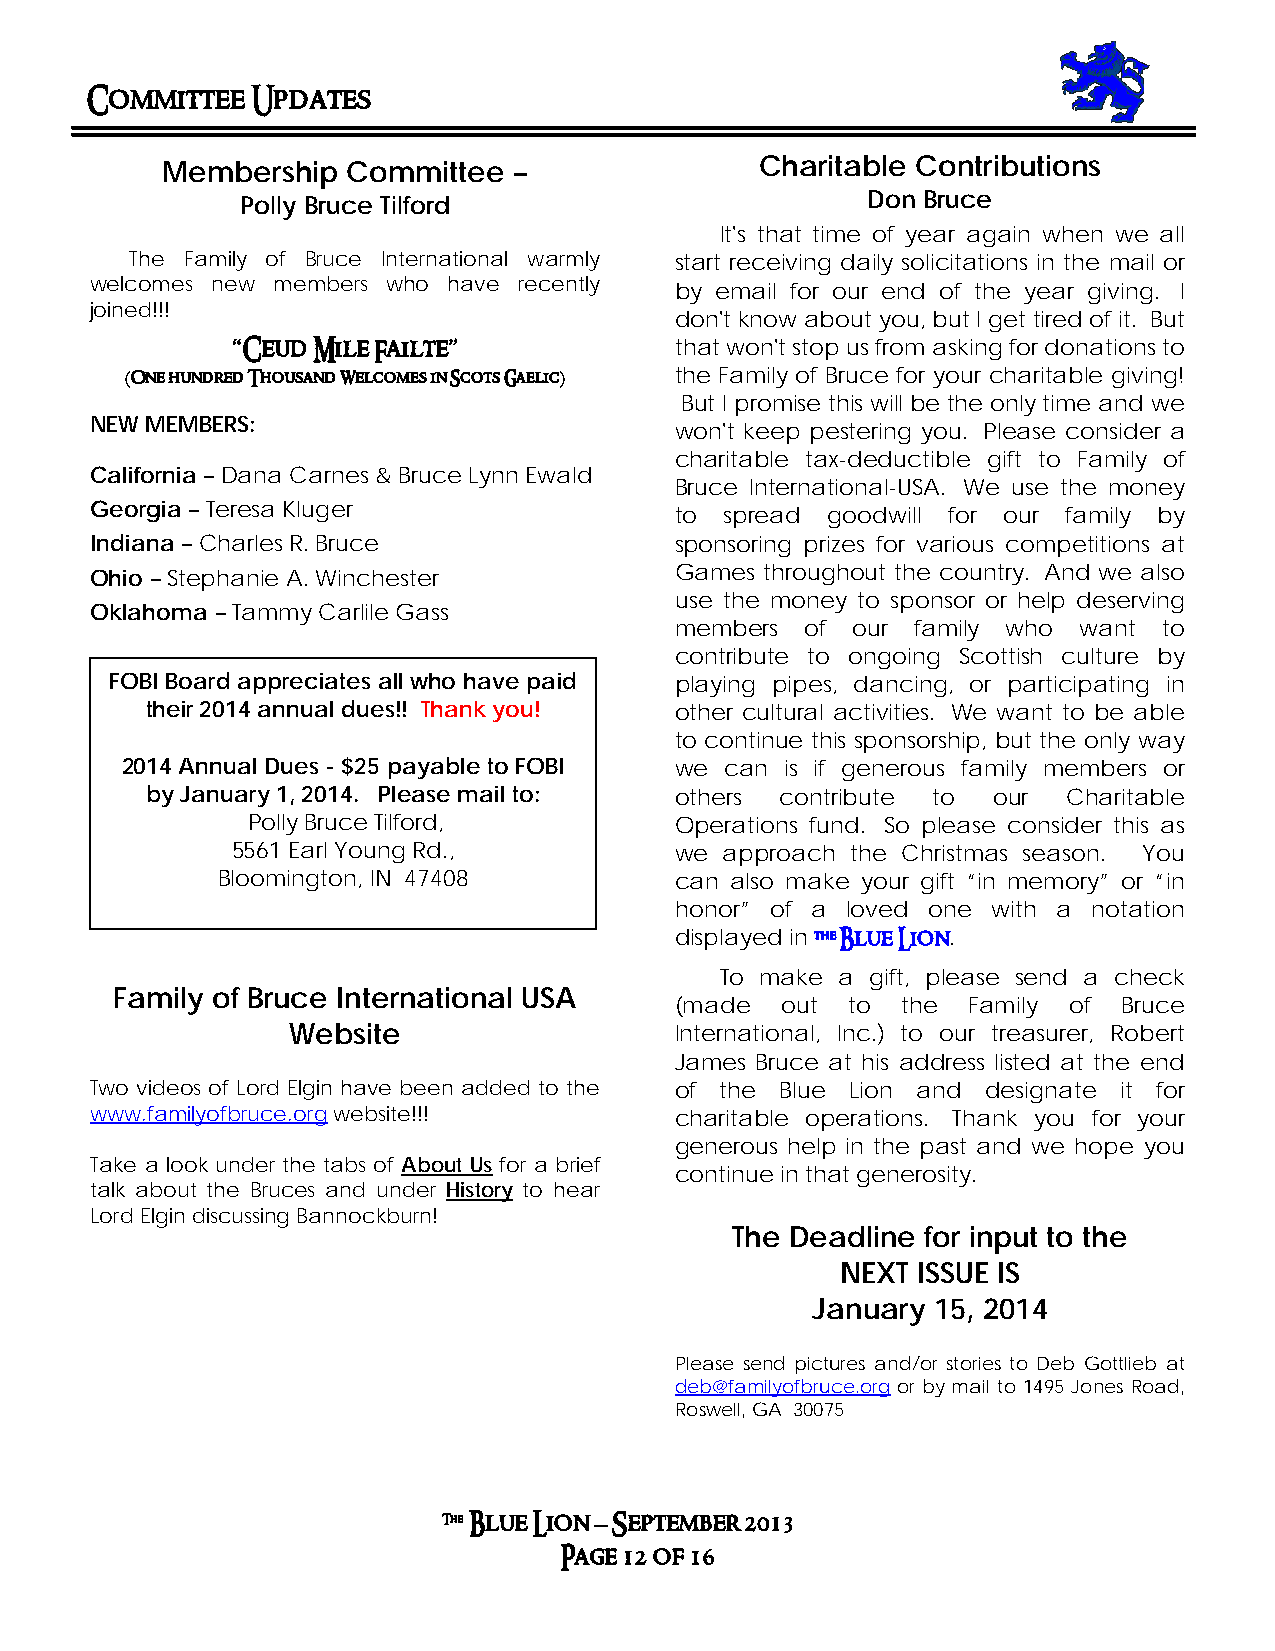
Committee  Updates
 Membership  Committee  –               Charitable Contributions
 Polly Bruce Tilford                      Don Bruce
 It's that time of year again when we all
 The Family of Bruce International warmly start receiving daily solicitations in the mail or
 welcomes new members who have recently by email for our end of the year giving. I
 joined!!!
 don't know about you, but I get tired of it. But
 “Ceud Mile Failte”            that won't stop us from asking for donations to
 (One hundred Thousand Welcomes in Scots Gaelic) the Family of Bruce for your charitable giving!
 But I promise this will be the only time and we
 NEW MEMBERS:
 won't keep pestering you. Please consider a
 charitable tax-deductible gift to Family of
 California – Dana Carnes & Bruce Lynn Ewald
 Bruce International-USA. We use the money
 Georgia – Teresa Kluger
 to spread goodwill for our family by
 Indiana – Charles R. Bruce             sponsoring prizes for various competitions at
 Ohio – Stephanie A. Winchester         Games throughout the country. And we also
 use the money to sponsor or help deserving
 Oklahoma – Tammy Carlile Gass
 members of our  family who want to
 contribute to ongoing Scottish culture by
 FOBI Board appreciates all who have paid playing pipes, dancing, or participating in
 their 2014 annual dues!! Thank you! other cultural activities. We want to be able
 to continue this sponsorship, but the only way
 2014 Annual Dues - $25 payable to FOBI we can is if generous family members or
 by January 1, 2014. Please mail to: others contribute to our Charitable
 Polly Bruc e Tilford,        Operations fund. So please consider this as
 5561 Earl Y oung Rd.,         we approach the Christmas season. You
 Bloomington, IN 47408          can also make your gift “in memory” or “in
 honor” of a loved one with a notation
 displayed in the Blue Lion.
 To make a gift, please send a check
 Family of Bruce International USA
 (made  out to  the Family of Bruce
 Website                   International, Inc.) to our treasurer, Robert
 James Bruce at his address listed at the end
 Two videos of Lord Elgin have been added to the of the Blue Lion and designate it for
 www.familyofbruce.org website!!!       charitable operations. Thank you for your
 generous help in the past and we hope you
 Take a look under the tabs of About Us for a brief
 continue in that generosity.
 talk about the Bruces and under History to hear
 Lord Elgin discussing Bannockburn!
 The Deadline for input to the
 NEXT ISSUE IS
 January 15, 2014
 Please send pictures and/or stories to Deb Gottlieb at
 deb@familyofbruce.org or by mail to 1495 Jones Road,
 Roswell, GA 30075
 The Blue Lion – September 2013
 Page 12 of 16